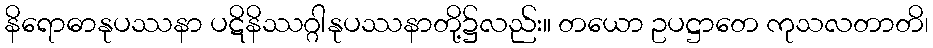
နိရောဓာနုပဿနာ ပဋိနိဿဂ္ဂါနုပဿနာတို့၌လည်း။ တယော ဥပဋ္ဌာတေ ကုသလတာတိ၊